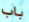
باب